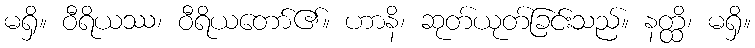
မရှိ။ ဝီရိယဿ၊ ဝီရိယတော်၏။ ဟာနိ၊ ဆုတ်ယုတ်ခြင်းသည်။ နတ္ထိ၊ မရှိ။